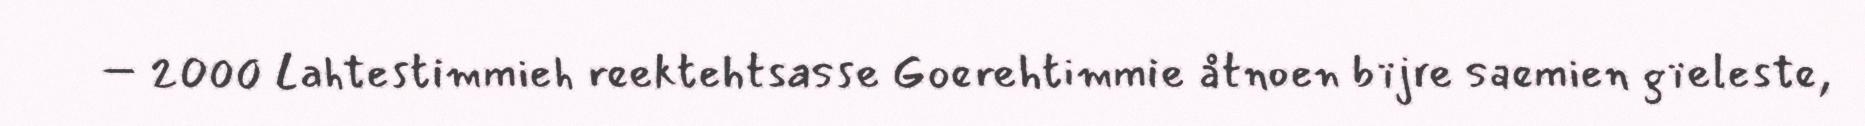
– 2000 Lahtestimmieh reektehtsasse Goerehtimmie åtnoen bïjre saemien gïeleste,